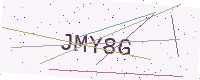
Text: JMY8G